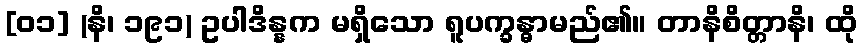
[၀၁] (နိ၊ ၁၉၁) ဥပါဒိန္နက မရှိသော ရူပက္ခန္ဓာမည်၏။ တာနိစိတ္တာနိ၊ ထို